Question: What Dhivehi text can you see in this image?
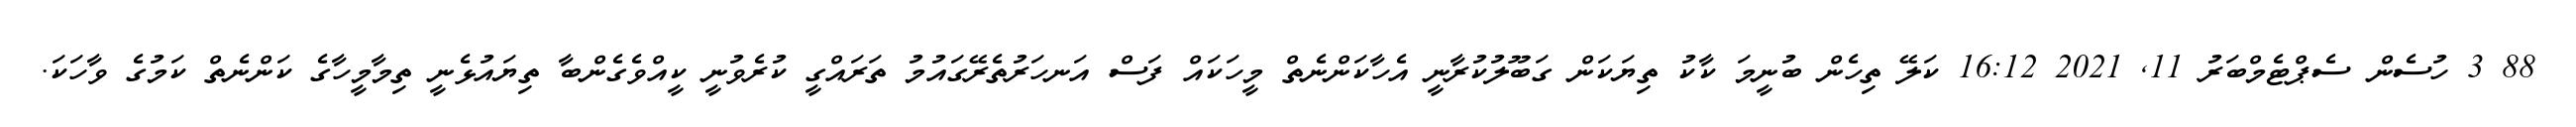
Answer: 88 3 ހުސެން ސެޕްޓެމްބަރު 11, 2021 16:12 ކަލޭ ތިހެން ބުނީމަ ކާކު ތިޔަކަން ގަބޫލުކުރާނީ އެހާކަންނެތް މީހަކައް ފަސް އަނހަރުތެރޭގައުމު ތަރައްގީ ކުރެވުނީ ކީއްވެގެންބާ ތިޔައުޅެނީ ތިމާމީހާގެ ކަންނެތް ކަމުގެ ވާހަކަ.